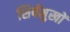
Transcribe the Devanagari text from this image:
शिर्षमुखों